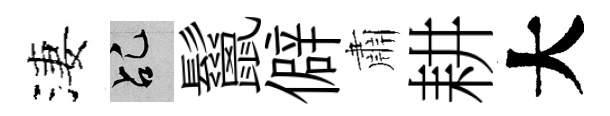
淒乩鬣僻肅耕大